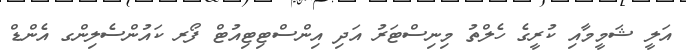
އަލީ ޝަމީމާއި ކުރީގެ ހެލްތު މިނިސްޓަރު އަދި އިންސްޓިޓިއުޓް ފޯރ ކައުންސެލިންގ އެންޑް